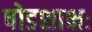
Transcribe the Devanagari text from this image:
षोडशाक्षः